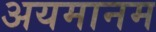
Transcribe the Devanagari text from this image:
अयमानम